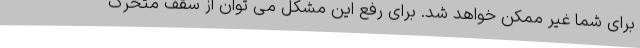
برای شما غیر ممکن خواهد شد. برای رفع این مشکل می توان از سقف متحرک